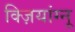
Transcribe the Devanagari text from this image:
क्ज़ियांग्नू